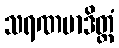
သရဏမာဒိတ္တံ